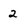
Character: 2